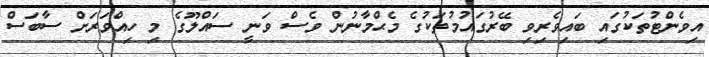
އިވެންޓުތަކުގައި ބައިވެރިވި ބޭރުގައުމުތަކުގެ މެޙްމާނުން ވެސް ވަނީ ސައްލޫގެ މި ހިއްވަރަށް ސާބަސް